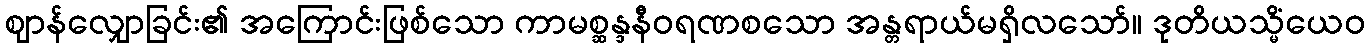
ဈာန်လျှောခြင်း၏ အကြောင်းဖြစ်သော ကာမစ္ဆန္ဒနီဝရဏစသော အန္တရာယ်မရှိလသော်။ ဒုတိယသ္မိံယေဝ